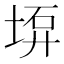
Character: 𡍟